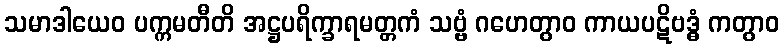
သမာဒါယေဝ ပက္ကမတီတိ အဋ္ဌပရိက္ခာရမတ္တကံ သဗ္ဗံ ဂဟေတွာဝ ကာယပဋိဗဒ္ဓံ ကတွာဝ